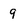
Character: 9